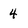
Character: 4